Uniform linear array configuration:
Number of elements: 8
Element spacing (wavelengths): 0.25
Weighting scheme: binomial
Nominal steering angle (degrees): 45
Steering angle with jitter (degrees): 45.237
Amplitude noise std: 0.05
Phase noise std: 0.05

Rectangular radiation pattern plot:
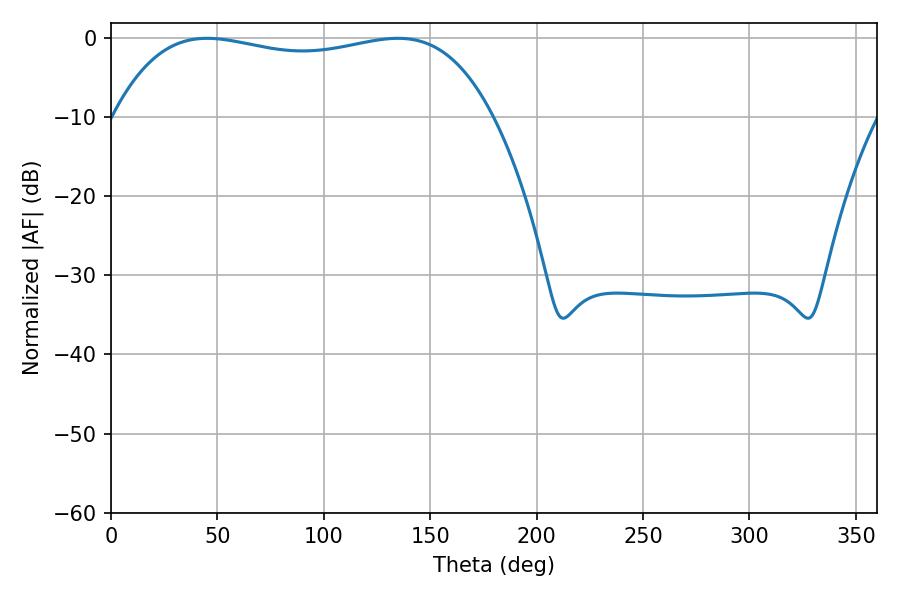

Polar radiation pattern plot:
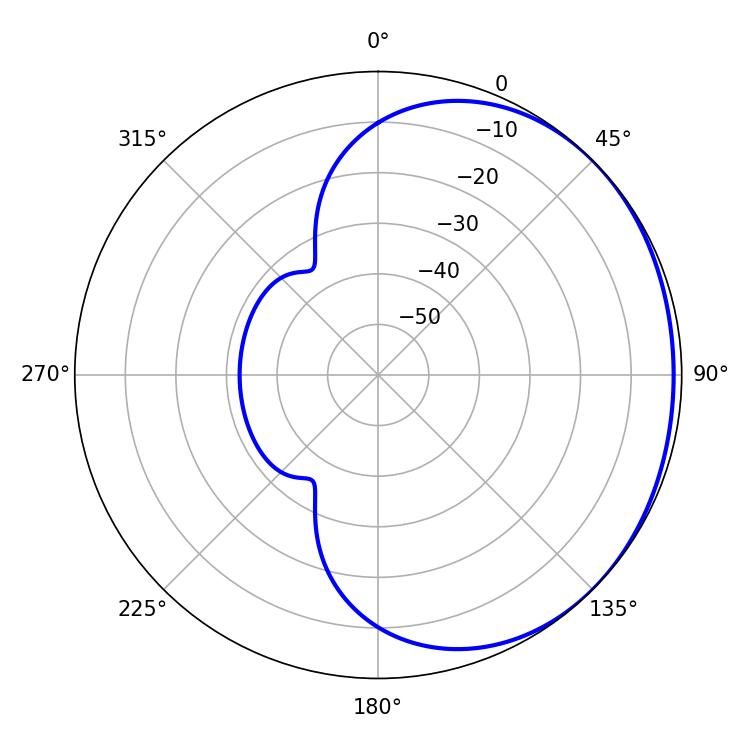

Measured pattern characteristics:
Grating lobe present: FALSE
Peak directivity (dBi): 0.9469
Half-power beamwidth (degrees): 143.28
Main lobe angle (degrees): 45.18